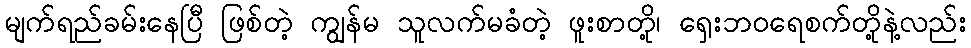
မျက်ရည်ခမ်းနေပြီ ဖြစ်တဲ့ ကျွန်မ သူလက်မခံတဲ့ ဖူးစာတို့၊ ရှေးဘဝရေစက်တို့နဲ့လည်း